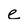
Character: e